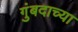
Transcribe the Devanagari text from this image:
गुंबदाच्या